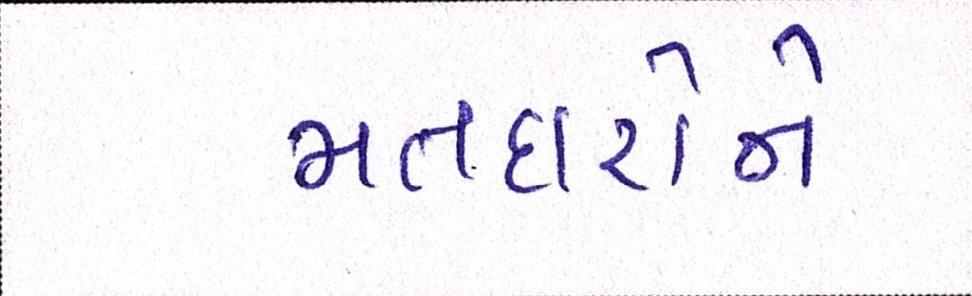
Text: મતદારોને